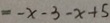
= - x - 3 - x + 5